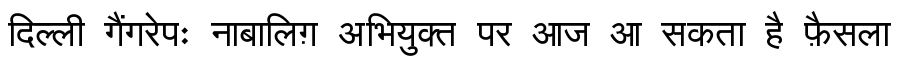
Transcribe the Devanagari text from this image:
दिल्ली गैंगरेपः नाबालिग़ अभियुक्त पर आज आ सकता है फ़ैसला